Source: Handwritten
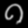
Digit: ၈ (8)